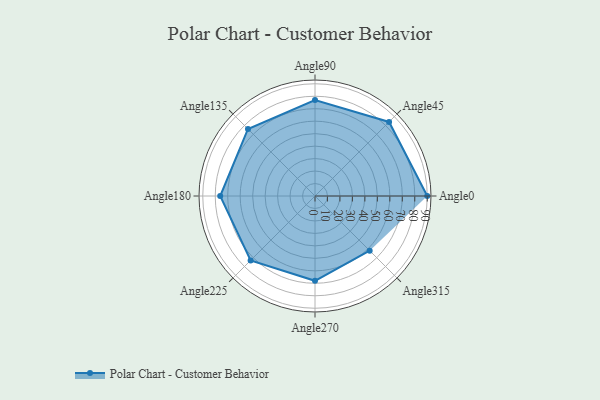
{"axis": {"x": "Angle", "y": "Radius"}, "legend": [""], "data": [{"x": "Angle0", "y": 90.0, "type": ""}, {"x": "Angle45", "y": 84.0, "type": ""}, {"x": "Angle90", "y": 77.0, "type": ""}, {"x": "Angle135", "y": 76.0, "type": ""}, {"x": "Angle180", "y": 76.0, "type": ""}, {"x": "Angle225", "y": 73.0, "type": ""}, {"x": "Angle270", "y": 68.0, "type": ""}, {"x": "Angle315", "y": 62.0, "type": ""}]}